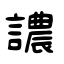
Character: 譨